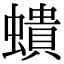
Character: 𧑋